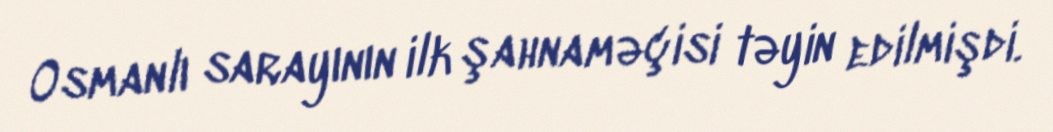
Osmanlı sarayının ilk şahnaməçisi təyin edilmişdi.